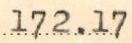
172.17